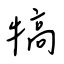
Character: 犒